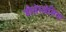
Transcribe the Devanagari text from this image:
डीसेस्थेसिया